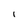
Character: i